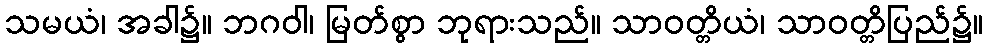
သမယံ၊ အခါ၌။ ဘဂဝါ၊ မြတ်စွာ ဘုရားသည်။ သာဝတ္တိယံ၊ သာဝတ္တိပြည်၌။